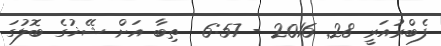
ފެބްރުއަރީ 28